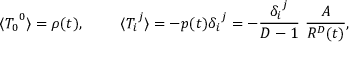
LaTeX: \langle { T _ { 0 } } ^ { 0 } \rangle = \rho ( t ) , ~ ~ ~ ~ ~ ~ ~ \langle { T _ { i } } ^ { j } \rangle = - p ( t ) { \delta _ { i } } ^ { j } = - { \frac { { \delta _ { i } } ^ { j } } { D - 1 } } ~ { \frac { A } { R ^ { D } ( t ) } } ,